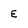
Character: E